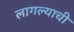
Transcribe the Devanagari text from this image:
लागल्याची